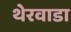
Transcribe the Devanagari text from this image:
थेरवाडा